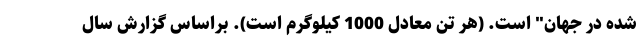
شده در جهان" است. (هر تن معادل 1000 کیلوگرم است). براساس گزارش سال